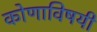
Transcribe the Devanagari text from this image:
कोणाविषयी